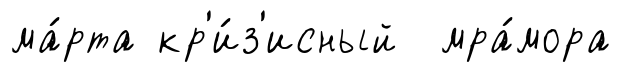
ма́рта кр'и́з'исный мра́мора